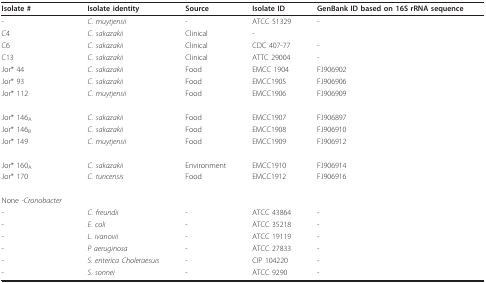
| Isolate # | Isolate identity | Source | Isolate ID | GenBank ID based on 16S rRNA sequence |
 | --- | --- | --- | --- | --- |
 | - | C. muytjensii | - | ATCC 51329 | - |
 | C4 | C. sakazakii | Clinical | - |  |
 | C6 | C. sakazakii | Clinical | CDC 407-77 | - |
 | C13 | C. sakazakii | Clinical | ATTC 29004 | - |
 | Jor* 44 | C. sakazakii | Food | EMCC 1904 | FJ906902 |
 | Jor* 93 | C. sakazakii | Food | EMCC1905 | FJ906906 |
 | Jor* 112 | C. muytjensii | Food | EMCC1906 | FJ906909 |
 | Jor* 146A | C. sakazakii | Food | EMCC1907 | FJ906897 |
 | Jor* 146B | C. sakazakii | Food | EMCC1908 | FJ906910 |
 | Jor* 149 | C. muytjensii | Food | EMCC1909 | FJ906912 |
 | Jor* 160A | C. sakazakii | Environment | EMCC1910 | FJ906914 |
 | Jor* 170 | C. turicensis | Food | EMCC1912 | FJ906916 |
 | None -Cronobacter |  |  |  |  |
 | - | C. freundii | - | ATCC 43864 | - |
 | - | E. coli | - | ATCC 35218 | - |
 | - | L. ivanovii | - | ATCC 19119 | - |
 | - | P aeruginosa | - | ATCC 27833 | - |
 | - | S. enterica Choleraesuis | - | CIP 104220 | - |
 | - | S. sonnei | - | ATCC 9290 | - |